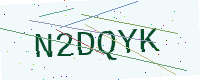
Text: N2DQYK